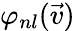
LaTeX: \varphi_{nl}(\vec{v})